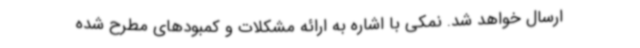
ارسال خواهد شد. نمکی با اشاره به ارائه مشکلات و کمبودهای مطرح شده